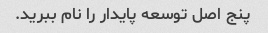
پنج اصل توسعه پایدار را نام ببرید.